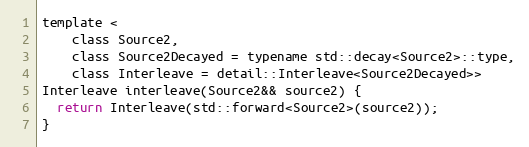
Language: C
template <
    class Source2,
    class Source2Decayed = typename std::decay<Source2>::type,
    class Interleave = detail::Interleave<Source2Decayed>>
Interleave interleave(Source2&& source2) {
  return Interleave(std::forward<Source2>(source2));
}